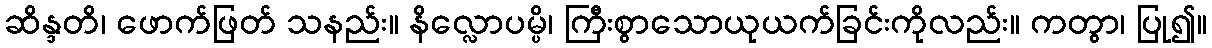
ဆိန္ဒတိ၊ ဖောက်ဖြတ် သနည်း။ နိလ္လောပမ္ပိ၊ ကြီးစွာသောယုယက်ခြင်းကိုလည်း။ ကတွာ၊ ပြု၍။